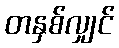
တနှစ်လျှင်